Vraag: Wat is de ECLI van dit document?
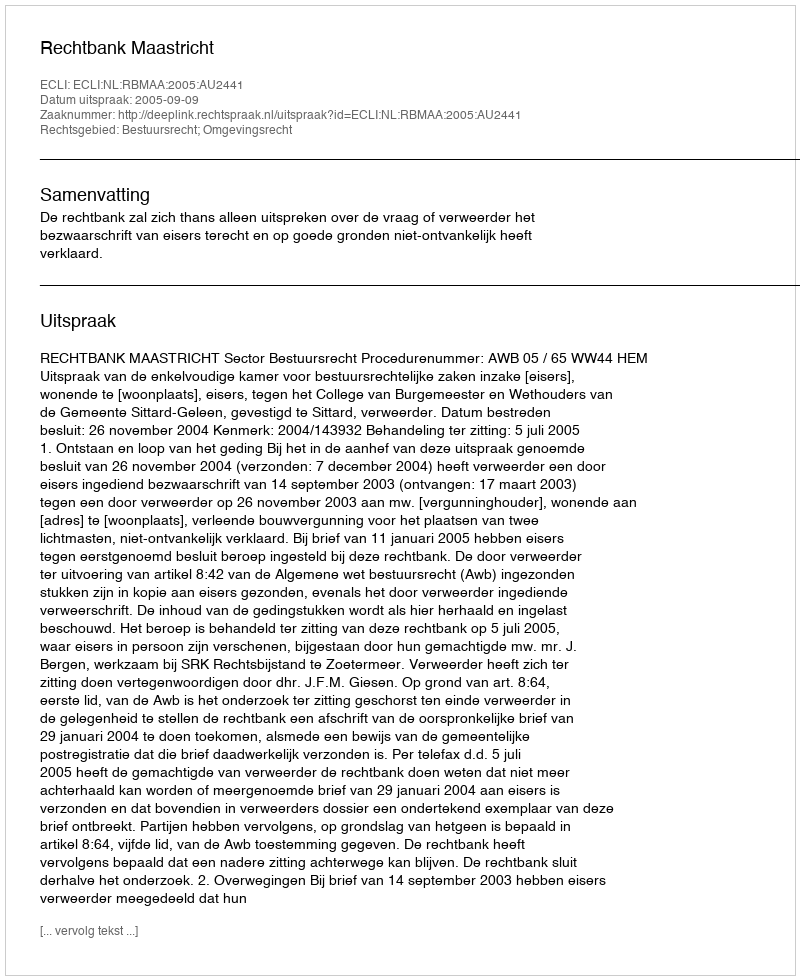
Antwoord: ECLI:NL:RBMAA:2005:AU2441